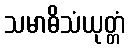
သမာဓိသံယုတ္တံ